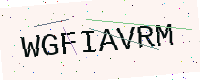
Text: WGFIAVRM